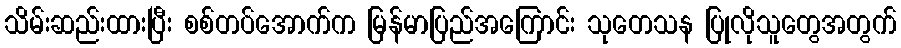
သိမ်းဆည်းထားပြီး စစ်တပ်အောက်က မြန်မာပြည်အကြောင်း သုတေသန ပြုလိုသူတွေအတွက်